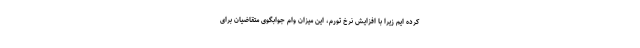
کرده ایم زیرا با افزایش نرخ تورم، این میزان وام جوابگوی متقاضیان برای